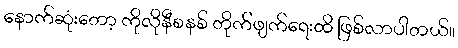
နောက်ဆုံးတော့ ကိုလိုနီစနစ် တိုက်ဖျက်ရေးထိ ဖြစ်လာပါတယ်။